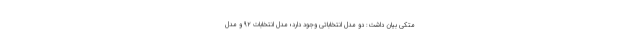
متکی بیان داشت: دو مدل انتخاباتی وجود دارد؛ مدل انتخابات 92 و مدل